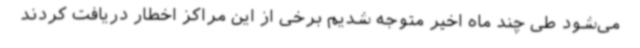
می‌شود طی چند ماه اخیر متوجه شدیم برخی از این مراکز اخطار دریافت کردند